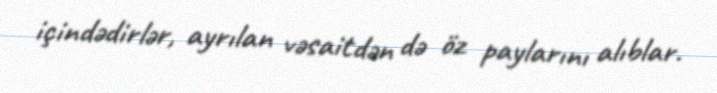
içindədirlər, ayrılan vəsaitdən də öz paylarını alıblar.